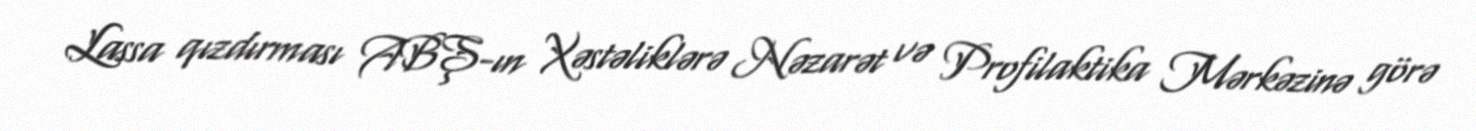
Lassa qızdırması ABŞ-ın Xəstəliklərə Nəzarət və Profilaktika Mərkəzinə görə